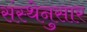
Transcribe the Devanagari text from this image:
संस्थेनुसार